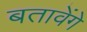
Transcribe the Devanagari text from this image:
बतावेंगे